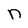
Character: n